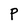
Character: P